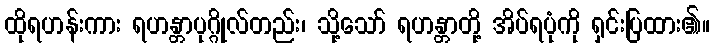
ထိုရဟန်းကား ရဟန္တာပုဂ္ဂိုလ်တည်း၊ သို့သော် ရဟန္တာတို့ အိပ်ရပုံကို ရှင်းပြထား၏။